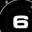
Digit: 6